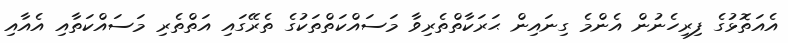
އެއަތޮޅުގެ ފިރިހެނުން އެންމެ ގިނައިން ޙަރަކާތްތެރިވާ މަސައްކަތްތަކުގެ ތެރޭގައި އަތްތެރި މަސައްކަތާއި އެއާއި